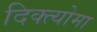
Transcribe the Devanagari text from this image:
दिक्त्योमा